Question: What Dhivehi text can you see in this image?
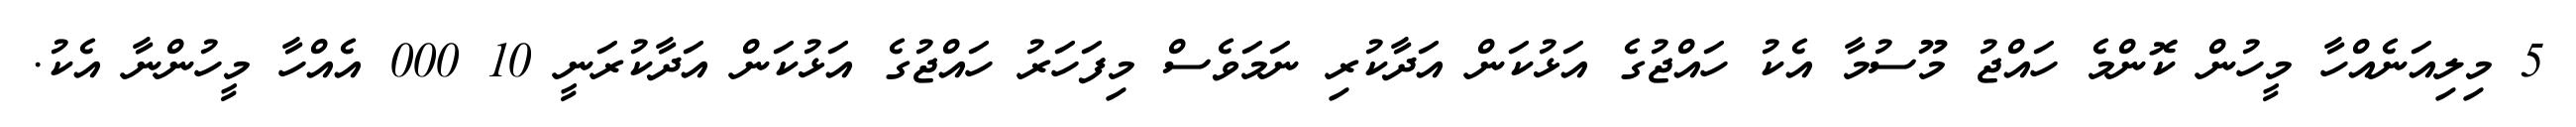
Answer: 5 މިލިއަނެއްހާ މީހުން ކޮންމެ ހައްޖު މޫސުމާ އެކު ހައްޖުގެ އަޅުކަން އަދާކުރި ނަމަވެސް މިފަހަރު ހައްޖުގެ އަޅުކަން އަދާކުރަނީ 10 000 އެއްހާ މީހުންނާ އެކު.